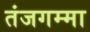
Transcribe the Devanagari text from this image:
तंजगम्मा